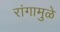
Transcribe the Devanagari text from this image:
रांगामुळे